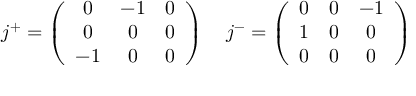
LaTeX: j ^ { + } = \left( \begin{array} { c c c } { { 0 } } & { { - 1 } } & { { 0 } } \\ { { 0 } } & { { 0 } } & { { 0 } } \\ { { - 1 } } & { { 0 } } & { { 0 } } \end{array} \right) ~ ~ ~ j ^ { - } = \left( \begin{array} { c c c } { { 0 } } & { { 0 } } & { { - 1 } } \\ { { 1 } } & { { 0 } } & { { 0 } } \\ { { 0 } } & { { 0 } } & { { 0 } } \end{array} \right)